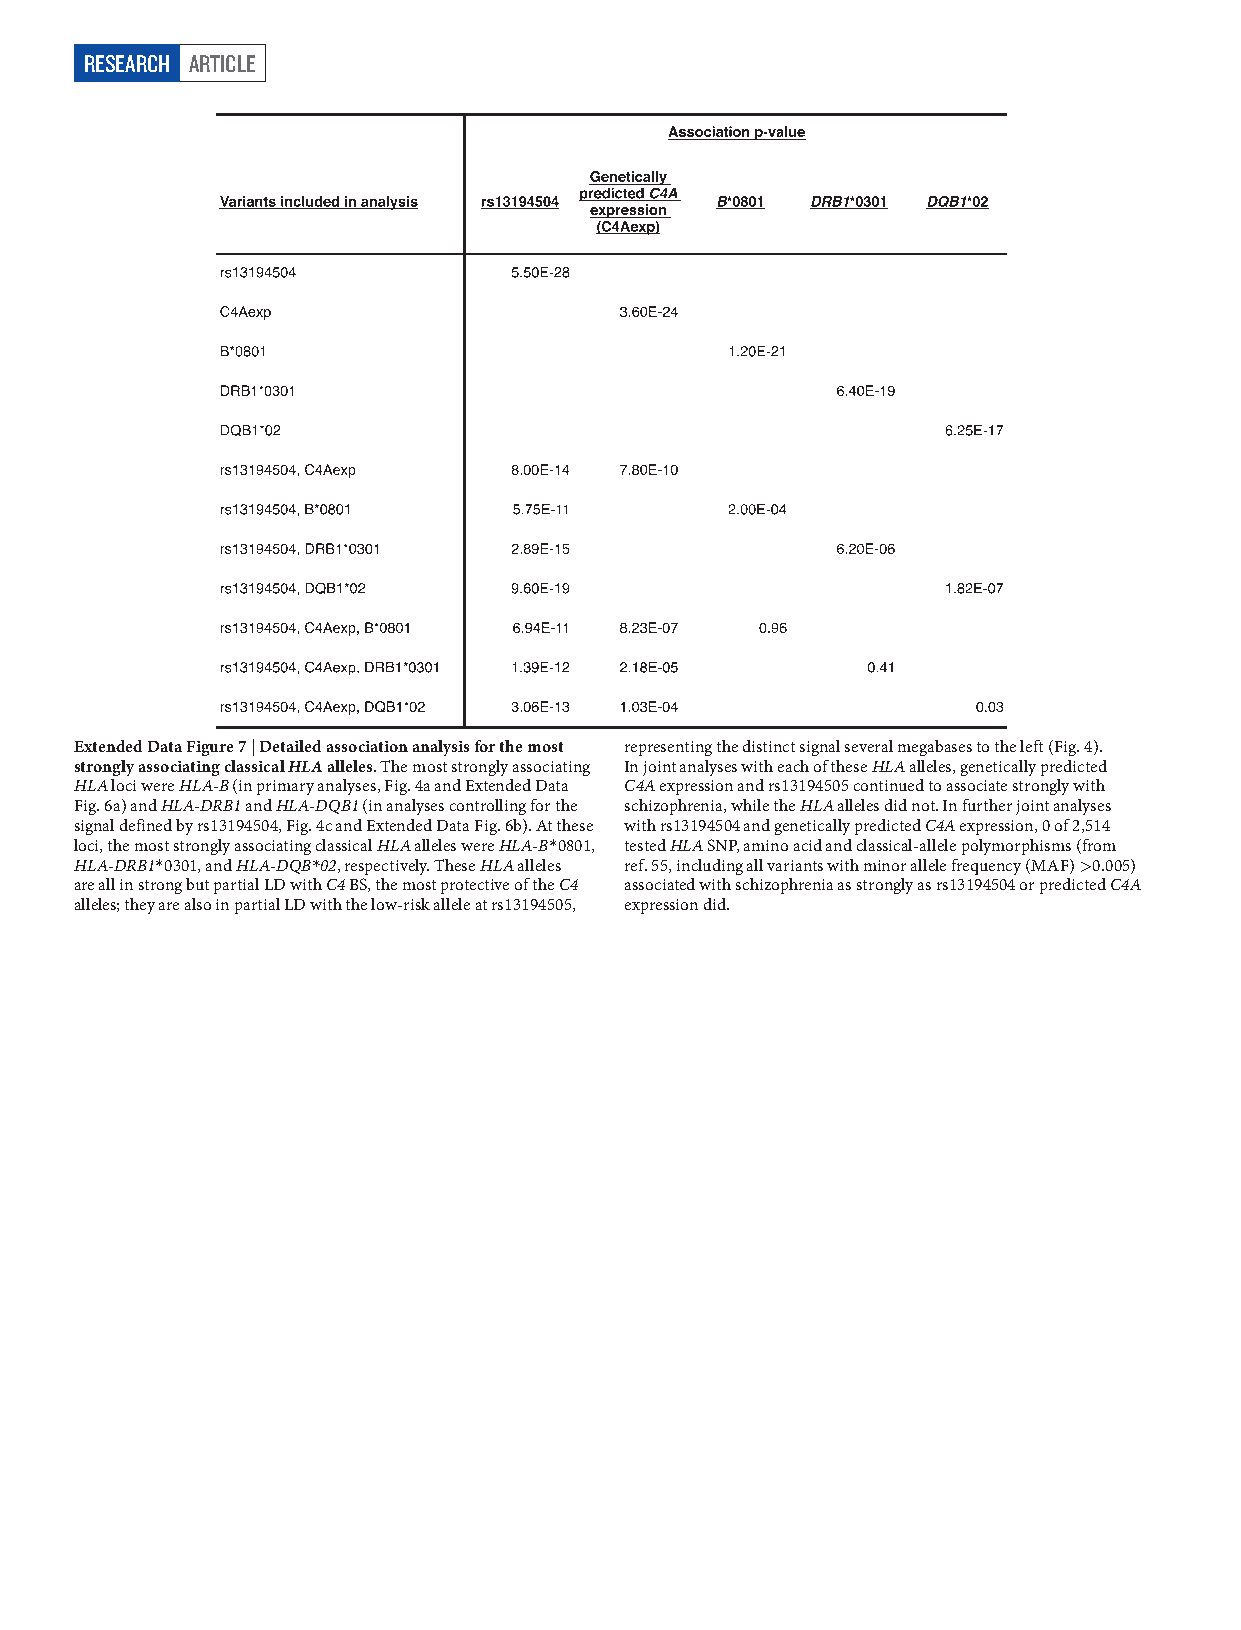
RESEARCH ARTICLE
 Extended Data Figure 7 | Detailed association analysis for the most representing the distinct signal several megabases to the left (Fig. 4).
 strongly associating classical HLA alleles. The most strongly associating In joint analyses with each of these HLA alleles, genetically predicted
 HLA loci were HLA-B (in primary analyses, Fig. 4a and Extended Data C4A expression and rs13194505 continued to associate strongly with
 Fig. 6a) and HLA-DRB1 and HLA-DQB1 (in analyses controlling for the schizophrenia, while the HLA alleles did not. In further joint analyses
 signal defined by rs13194504, Fig. 4c and Extended Data Fig. 6b). At these with rs13194504 and genetically predicted C4A expression, 0 of 2,514
 loci, the most strongly associating classical HLA alleles were HLA-B* 0801, tested HLA SNP, amino acid and classical-allele polymorphisms (from
 HLA-DRB1* 0301, and HLA-DQB*02, respectively. These HLA alleles ref. 55, including all variants with minor allele frequency (MAF) > 0.005)
 are all in strong but partial LD with C4 BS, the most protective of the C4 associated with schizophrenia as strongly as rs13194504 or predicted C4A
 alleles; they are also in partial LD with the low-risk allele at rs13194505, expression did.